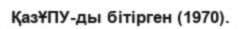
ҚазҰПУ-ды бітірген (1970).